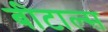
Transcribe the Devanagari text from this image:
बीटाल्स